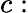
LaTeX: c: